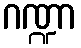
ဂဏ္ဍာ